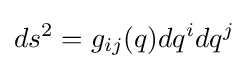
ds^{2}=g_{ij}(q)dq^{i}dq^{j}